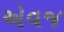
એવજ